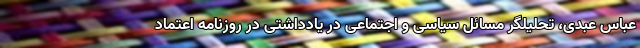
عباس عبدی، تحلیلگر مسائل سیاسی و اجتماعی در یادداشتی در روزنامه اعتماد